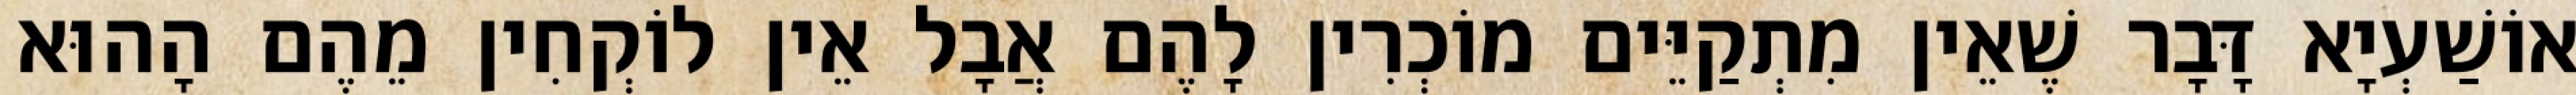
אוֹשַׁעְיָא דָּבָר שֶׁאֵין מִתְקַיֵּים מוֹכְרִין לָהֶם אֲבָל אֵין לוֹקְחִין מֵהֶם הָהוּא